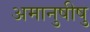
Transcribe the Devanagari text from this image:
अमानुषीषु